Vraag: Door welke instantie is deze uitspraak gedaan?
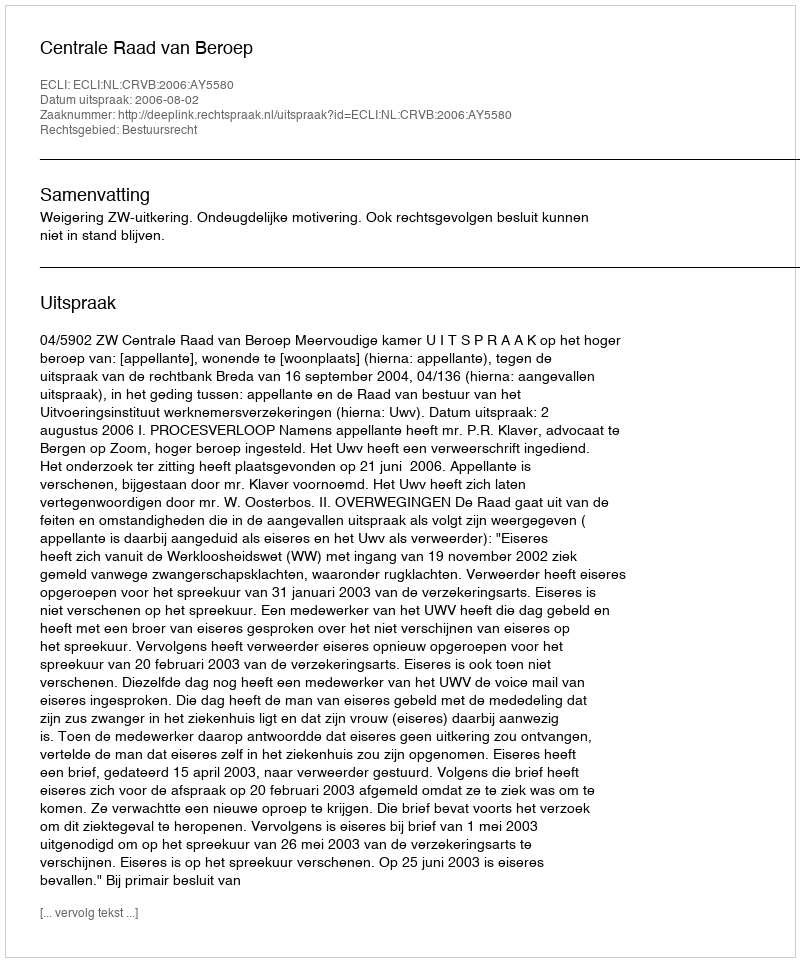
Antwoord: Centrale Raad van Beroep